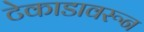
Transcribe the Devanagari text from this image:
टेकाडावरून